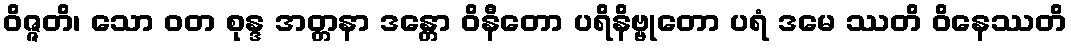
ဝိဇ္ဇတိ၊ သော ဝတ စုန္ဒ အတ္တနာ ဒန္တော ဝိနီတော ပရိနိဗ္ဗုတော ပရံ ဒမေ ဿတိ ဝိနေဿတိ